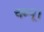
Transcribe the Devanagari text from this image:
चम्पू।